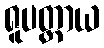
ရူပတ္တာယ